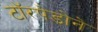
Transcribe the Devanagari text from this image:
टॉरपेडोने